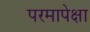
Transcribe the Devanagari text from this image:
परमापेक्षा